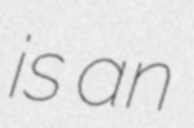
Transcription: is an